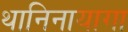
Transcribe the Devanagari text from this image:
थानिनायागा